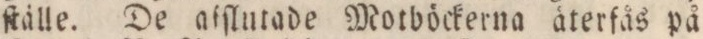
ſtälle. De afſlutade Motböckerna äterfås på